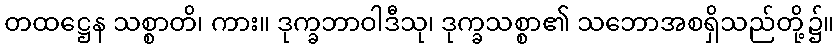
တထဋ္ဌေန သစ္စာတိ၊ ကား။ ဒုက္ခဘာဝါဒီသု၊ ဒုက္ခသစ္စာ၏ သဘောအစရှိသည်တို့၌။